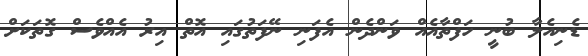
ޑެނިއެލާ ބުނީ ހަފްތާއެއް ވަންދެން އެފަނި ނޭފަތުގައި އޮތް އިރު އެއްވެސް ގޮތަކަށް